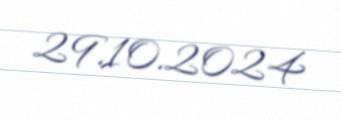
29.10.2024